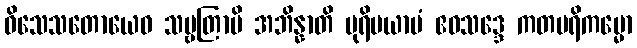
ဝိသေသတောယေဝ သဗ္ဗတြာပိ အဘိန္နာတိ ပုရိမယာမံ ဧဝသဒ္ဒေ ကတပရိကမ္မော